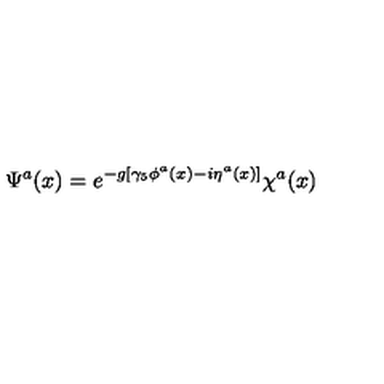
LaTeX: \Psi ^ { a } ( x ) = e ^ { - g [ \gamma _ { 5 } \phi ^ { a } ( x ) - i \eta ^ { a } ( x ) ] } \chi ^ { a } ( x )